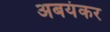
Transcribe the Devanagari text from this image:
अबयंकर